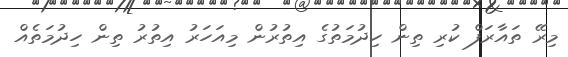
މިރޭ ތައާރަފް ކުރި ތިން ހިދުމަތުގެ އިތުރުން މިއަހަރު އިތުރު ތިން ހިދުމަތެއް